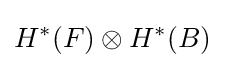
H^{*}(F)\otimes H^{*}(B)